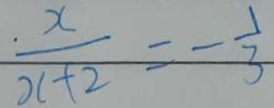
\frac { x } { x + 2 } = - \frac { 1 } { 3 }